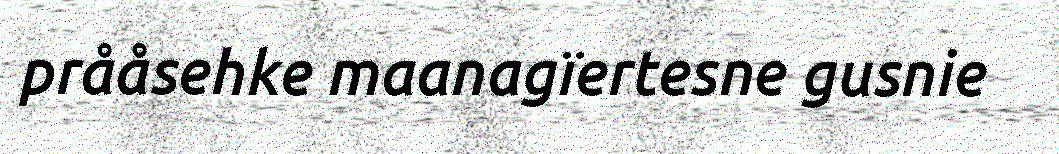
prååsehke maanagïertesne gusnie